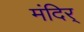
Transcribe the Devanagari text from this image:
मंदिर्